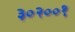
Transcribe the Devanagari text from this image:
३०२००१